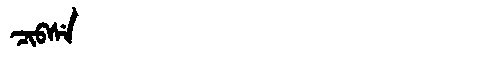
Manchu: ᠴᡳᠪᠰᡝ
Romanization: CIBSE